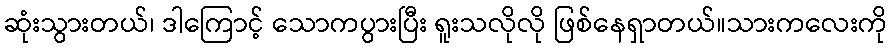
ဆုံးသွားတယ်၊ ဒါကြောင့် သောကပွားပြီး ရူးသလိုလို ဖြစ်နေရှာတယ်။သားကလေးကို